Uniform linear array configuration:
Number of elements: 24
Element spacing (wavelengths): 0.5
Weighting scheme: cosine
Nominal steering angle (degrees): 15
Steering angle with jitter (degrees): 14.406
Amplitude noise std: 0.05
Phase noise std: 0.05

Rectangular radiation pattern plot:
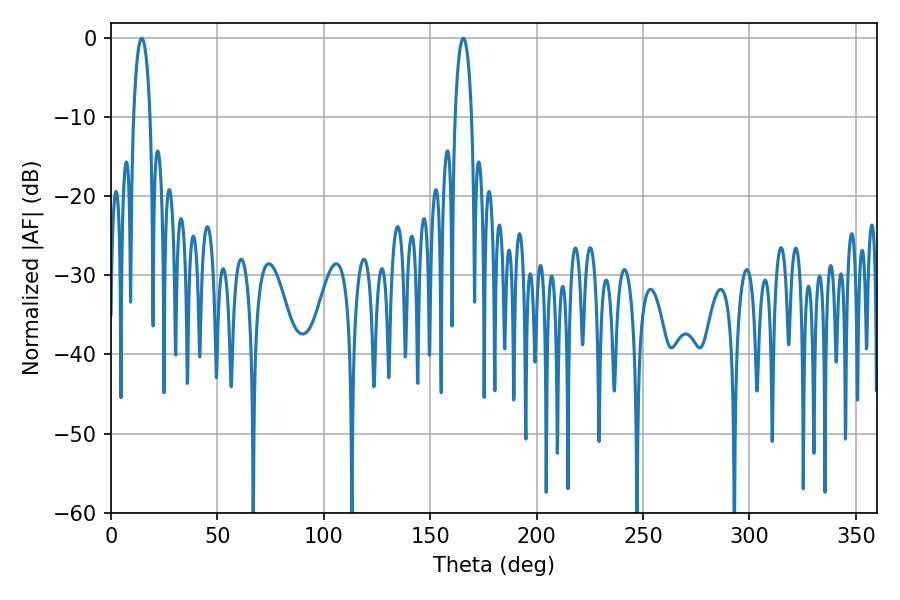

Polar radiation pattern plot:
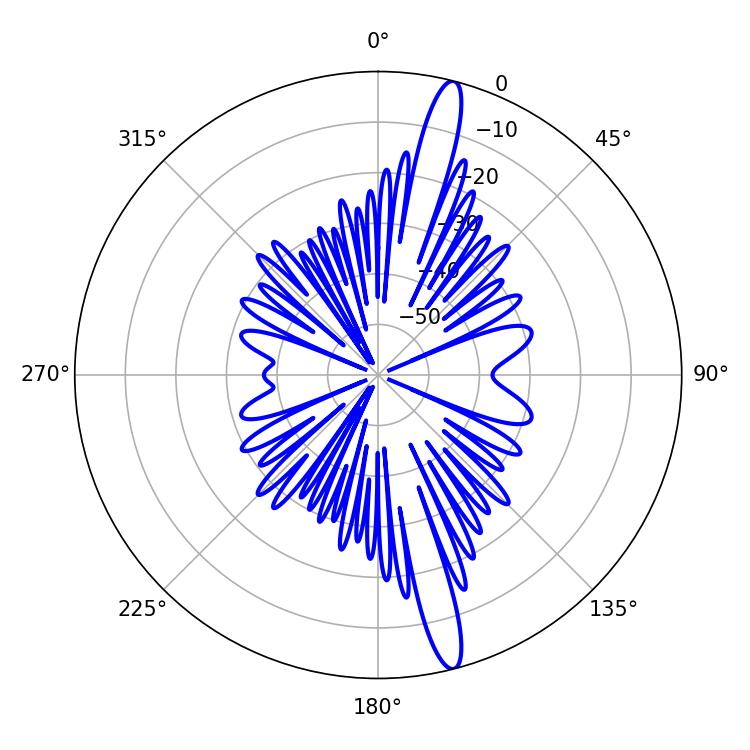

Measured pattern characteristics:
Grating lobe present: FALSE
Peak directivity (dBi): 16.623
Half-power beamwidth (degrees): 4.5
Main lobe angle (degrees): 14.4